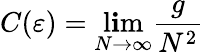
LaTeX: C(\varepsilon)=\operatorname*{l\mathbf{i}m}_{N\rightarrow\infty}{\frac{{g}}{{N^{2}}}}